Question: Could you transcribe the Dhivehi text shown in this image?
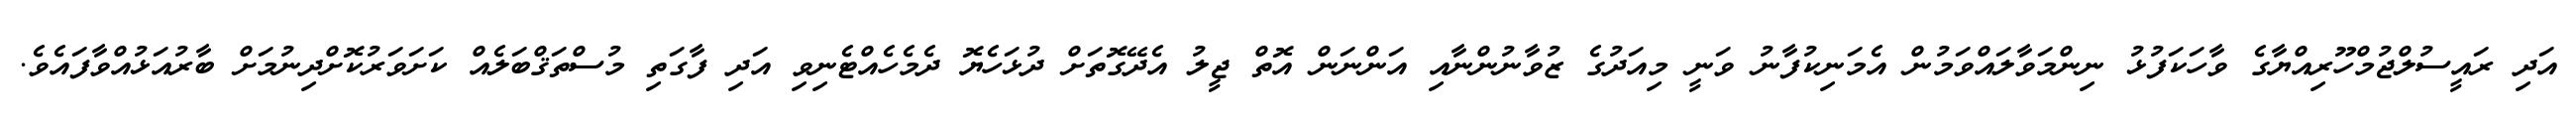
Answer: އަދި ރައީސުލްޖުމްހޫރިއްޔާގެ ވާހަކަފުޅު ނިންމަވާލައްވަމުން އެމަނިކުފާނު ވަނީ މިއަދުގެ ޒުވާނުންނާއި އަންނަން އޮތް ޖީލު އެދޭގޮތަށް ދުޅަހެޔޮ ދެމެހެއްޓެނިވި އަދި ފާގަތި މުސްތަޤްބަލެއް ކަށަވަރުކޮށްދިނުމަށް ބާރުއަޅުއްވާފައެވެ.